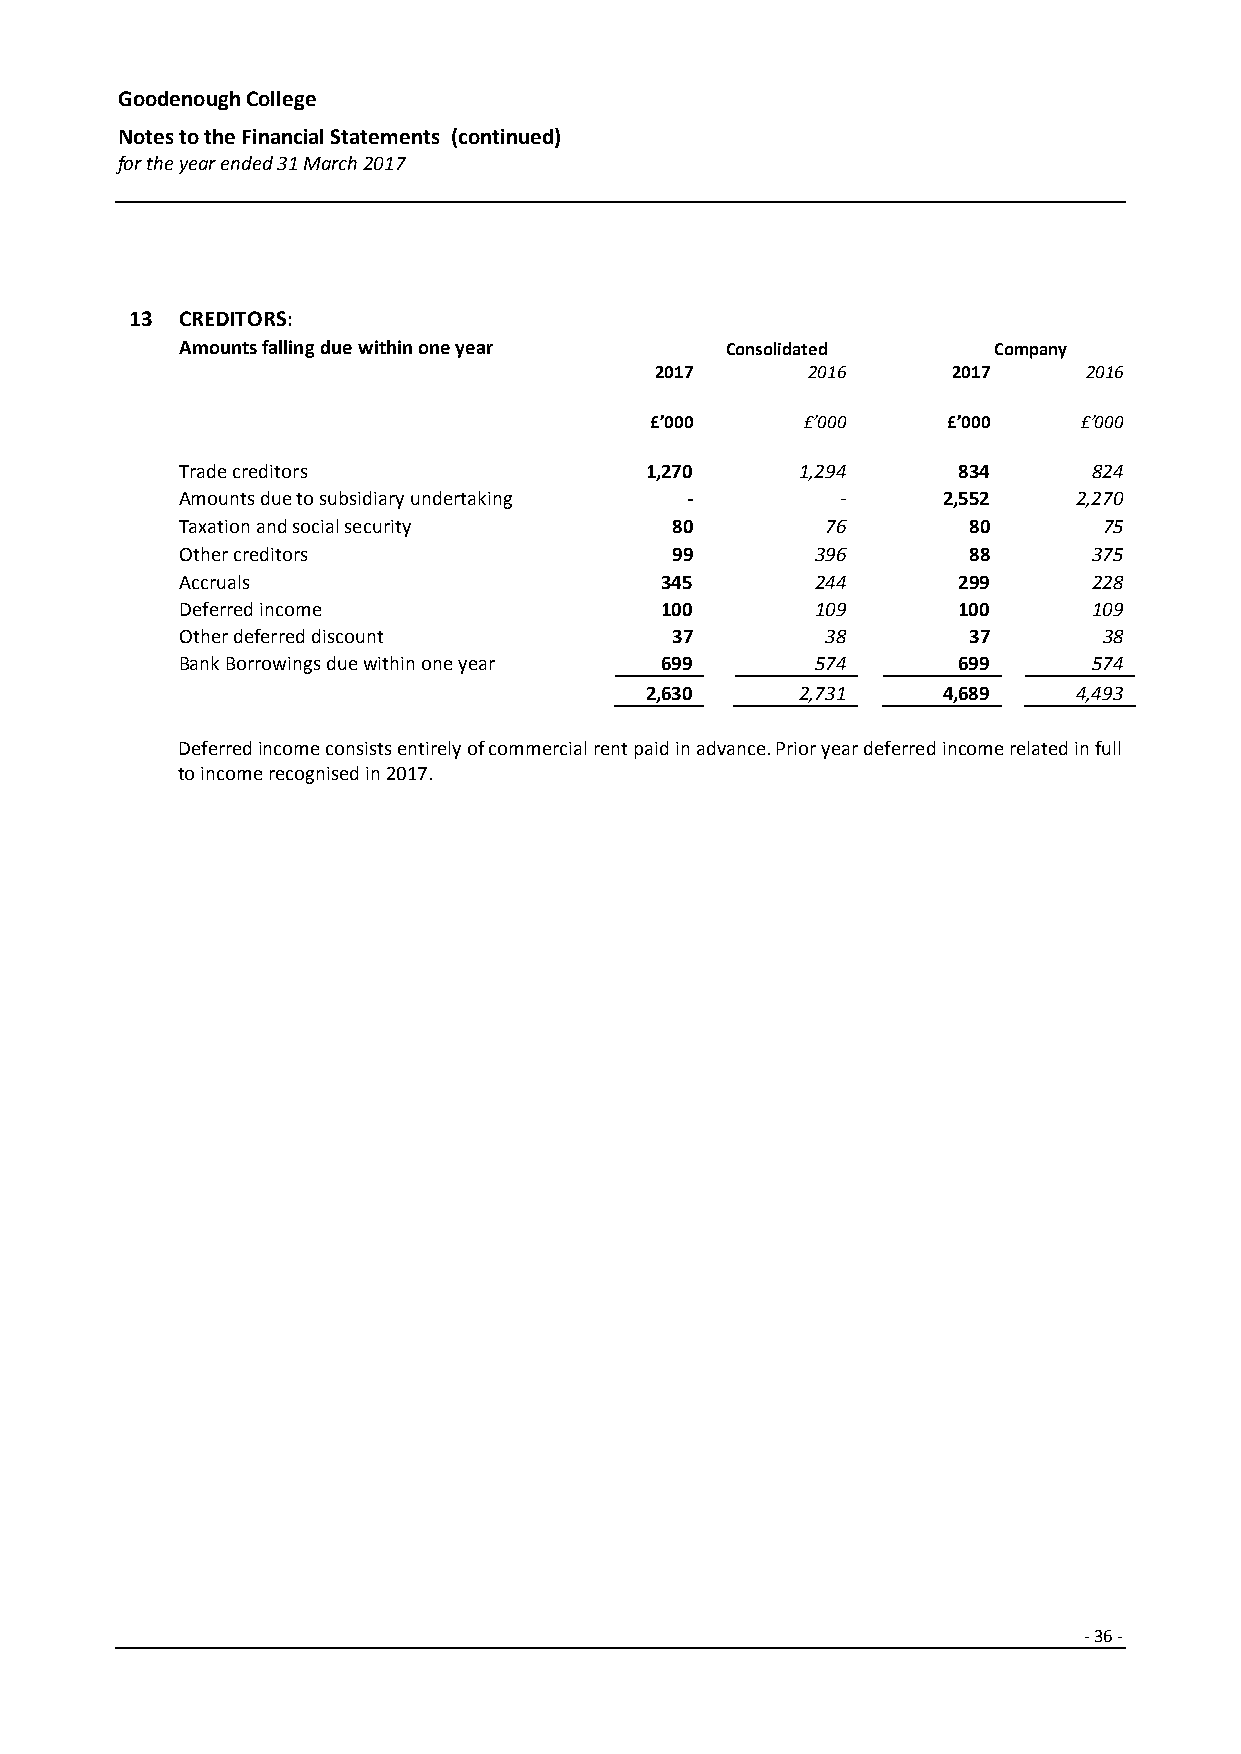
Goodenough College
 Notes to the Financial Statements (continued)
 for the year ended 31 March 2017
 13 CREDITORS:
 Amounts falling due within one year Consolidated      Company
 2017      2016      2017     2016
 £’000     £’000     £’000    £’000
 Trade creditors                1,270     1,294     834      824
 Amounts due to subsidiary undertaking -     -     2,552    2,270
 Taxation and social security    80         76       80       75
 Other creditors                 99        396       88      375
 Accruals                        345       244      299      228
 Deferred income                 100       109      100      109
 Other deferred discount         37         38       37       38
 Bank Borrowings due within one year 699   574      699      574
 2,630     2,731    4,689    4,493
 Deferred income consists entirely of commercial rent paid in advance. Prior year deferred income related in full
 to income recognised in 2017.
 - 36 -